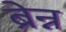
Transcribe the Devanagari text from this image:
ब्रेन्न